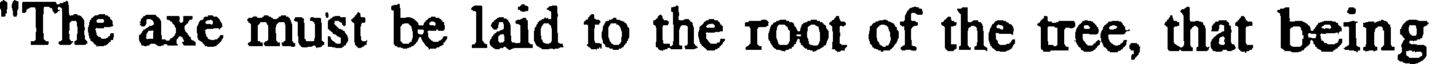
"The axe must be laid to the root of the tree, that being